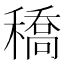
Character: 穚